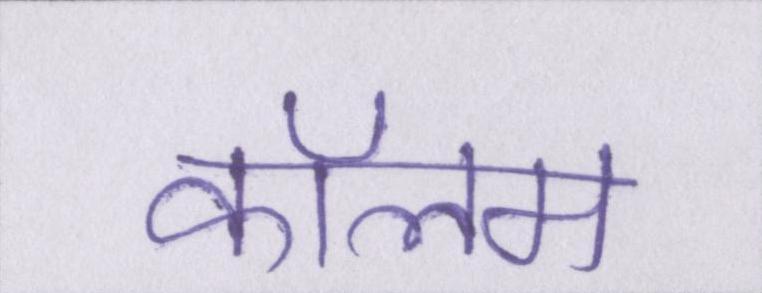
कॉलम